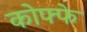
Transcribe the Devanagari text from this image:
कोफ्फे